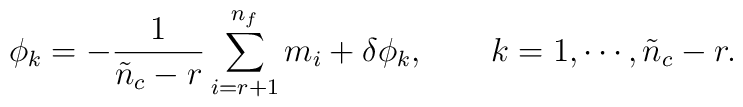
\phi_{k} = - \frac{1}{\tilde{n}_{c}-r} \sum_{i=r+1}^{n_{f}} m_{i}                + \delta \phi_{k}, \qquad                k = 1, \cdots, \tilde{n}_{c}-r.